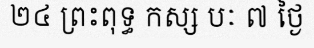
២៤ ព្រះពុទ្ធ កស្ស បៈ ៧ ថ្ងៃ